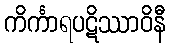
ကိင်္ကာရပဋိဿာဝိနီ